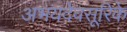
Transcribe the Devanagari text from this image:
अभयदेवसूरिके